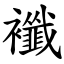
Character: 襳